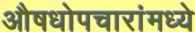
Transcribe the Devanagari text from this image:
औषधोपचारांमध्ये